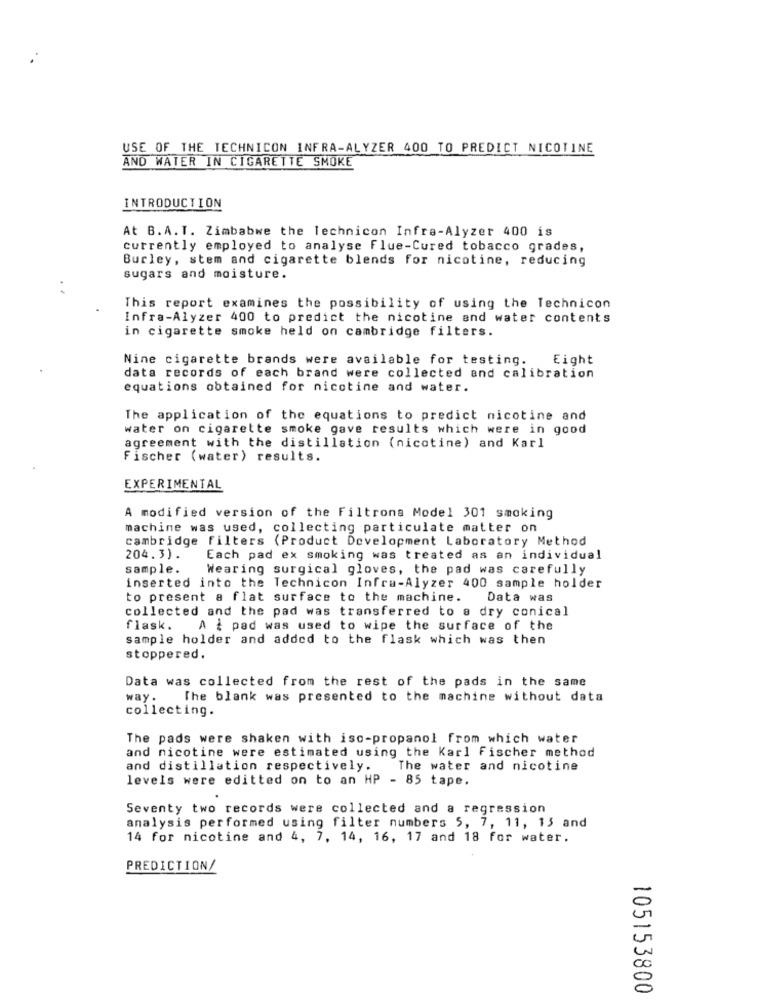
USE OF THE TECHNICON INFRA-ALYZER 400 TO PREDICT NICOTINE
AND WATER IN CIGARETTE SMOKE
INTRODUCTION
At B.A.T. Zimbabwe the lechnicon Infra-Alyzer 400 is
currently employed to analyse flue-Cured tobacco grades,
Burley, stem and cigarette blends for nicotine, reducing
sugars and moisture.
This report examines the possibility of using the Technicon
Infra-Alyzer 400 to predict the nicotine and water contents
in cigarette smoke held on cambridge filters.
Nine cigarette brands were available for testing.
Eight
data records of each brand were collected and calibration
equations obtained for nicotine and water.
The application of the equations to predict nicotine and
water on cigarette smoke gave results which were in good
agreement with the distillation (nicotine) and Karl
Fischer (water) results.
EXPERIMENTAL
A modified version of the Filtrons Model 301 smoking
machine was used, collecting particulate matter on
cambridge filters (Product Development Laboratory Method
204.3).
Each pad ex smoking was treated as an individual
sample.
Wearing surgical gloves, the pad was carefully
inserted into the Technicon Infra-Alyzer 400 sample holder
to present a flat surface to the machine.
Data was
collected and the pad was transferred to a dry conical
flask. A ¿ pad was used to wipe the surface of the
sample holder and added to the flask which was then
stoppered.
Data was collected from the rest of the pads in the same
way.
The blank was presented to the machine without data
collecting.
The pads were shaken with iso-propanol from which water
and nicotine were estimated using the Karl Fischer method
and distillation respectively.
The water and nicotine
levels were editted on to an HP - 85 tape.
Seventy two records were collected and a regression
analysis performed using filter numbers 5, 7, 11, 13 and
14 for nicotine and 4, 7, 14, 16, 17 and 18 for water.
PREDICTION/
105153800